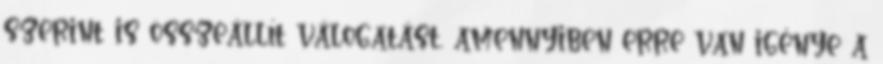
szerint is összeállít válogatást, amennyiben erre van igénye a